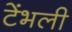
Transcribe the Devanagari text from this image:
टेंभली